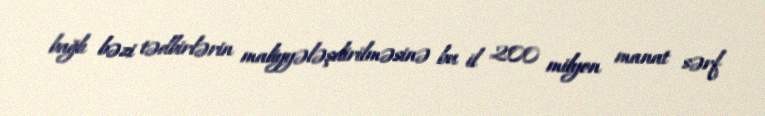
bağlı bəzi tədbirlərin maliyyələşdirilməsinə bu il 200 milyon manat sərf